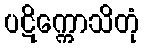
ပဋိက္ကောသိတုံ